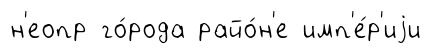
н'еопр го́рода райо́н'е имп'е́р'иjи